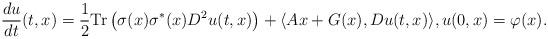
LaTeX: \begin{align*}\frac{du}{dt}(t,x)=\frac12{\rm Tr} \left(\sigma(x)\sigma^*(x)D^2u(t,x)\right) +\langle Ax+G(x),Du(t,x)\rangle,u(0,x)=\varphi(x).\end{align*}